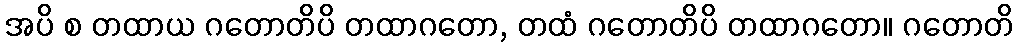
အပိ စ တထာယ ဂတောတိပိ တထာဂတော, တထံ ဂတောတိပိ တထာဂတော။ ဂတောတိ